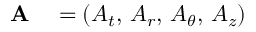
\begin{array} { r l } { \mathbf { A } } & { { } = ( A _ { t } , \, A _ { r } , \, A _ { \theta } , \, A _ { z } ) } \end{array}